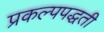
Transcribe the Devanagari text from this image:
प्रकल्पपद्धती